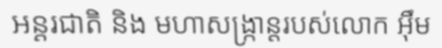
អន្តរជាតិ និង មហាសង្ក្រាន្តរបស់លោក អ៊ឹម